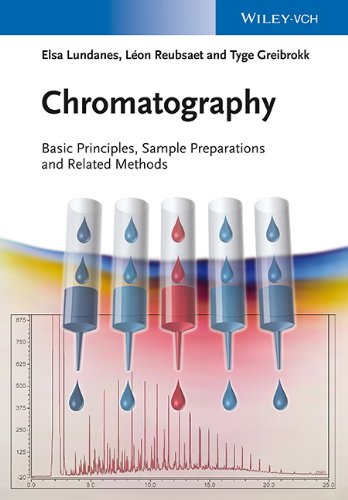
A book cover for Chromatography: Basic Principles, Sample Preparations and Related Methods; Elsa Lundanes; Science & Math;